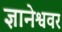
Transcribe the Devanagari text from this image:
ज्ञानेश्ववर